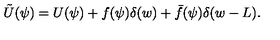
\tilde { U } ( \psi ) = U ( \psi ) + f ( \psi ) \delta ( w ) + \bar { f } ( \psi ) \delta ( w - L ) .